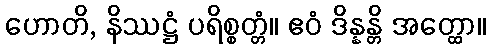
ဟောတိ, နိဿဋ္ဌံ ပရိစ္စတ္တံ။ ဧဝံ ဒိန္နန္တိ အတ္ထော။